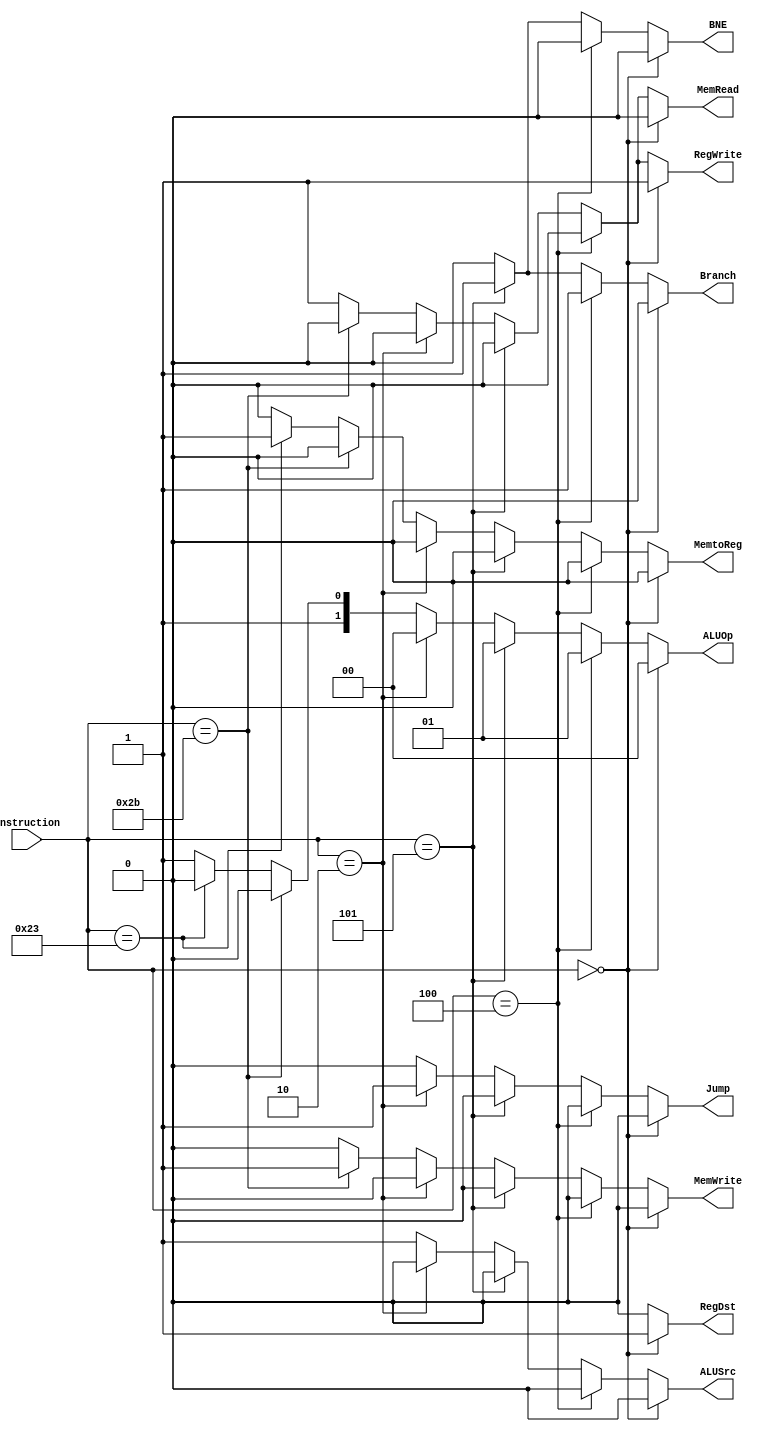
`timescale 1ns / 1ns

module control(
		input [5:0] instruction,
		output reg [1:0] ALUOp,
		output reg MemRead,
		output reg MemtoReg,
		output reg RegDst,
		output reg Branch, 
		output reg ALUSrc,
		output reg MemWrite,
		output reg RegWrite,
		
		output reg Jump,
		output reg BNE
		);


    always @(*) begin
            if (instruction == 6'b00_0000) begin				    //RType
                ALUOp = 2'b00;
                MemRead = 1'b0;
                MemtoReg = 1'b0;
                RegDst = 1'b1;
                Branch = 1'b0;		
                ALUSrc = 1'b0;
                MemWrite = 1'b0;
                RegWrite = 1'b1;
                Jump = 1'b0;
                BNE = 1'b0;     
            end else if (instruction == 6'b00_0100) begin           //branch * BEQ ONLY
                ALUOp = 2'b01;
                MemRead = 1'b0;
                MemtoReg = 1'b0;
                RegDst = 1'b0;
                Branch = 1'b1;		
                ALUSrc = 1'b0;
                MemWrite = 1'b0;
                RegWrite = 1'b0;
                Jump = 1'b0;
                BNE = 1'b0;
            end else if (instruction == 6'b00_0101) begin           //bne
                ALUOp = 2'b01;
                MemRead = 1'b0;
                MemtoReg = 1'b0;
                RegDst = 1'b0;
                Branch = 1'b1;		
                ALUSrc = 1'b0;
                MemWrite = 1'b0;
                RegWrite = 1'b0;
                Jump = 1'b0;
                BNE = 1'b1;
            end else if (instruction == 6'b00_0010) begin           // jump
                ALUOp = 2'b00;
                MemRead = 1'b0;
                MemtoReg = 1'b0;
                RegDst = 1'b0;
                Branch = 1'b0;		
                ALUSrc = 1'b0;
                MemWrite = 1'b0;
                RegWrite = 1'b0;
                Jump = 1'b1;
                BNE = 1'b0;
            end else if (instruction == 6'b10_1011) begin           // sw
                ALUOp = 2'b10;
                MemRead = 1'b0;
                MemtoReg = 1'b0;
                RegDst = 1'b0;
                Branch = 1'b0;		
                ALUSrc = 1'b1;
                MemWrite = 1'b1;
                RegWrite = 1'b0;
                Jump = 1'b0;
                BNE = 1'b0;
            end else if (instruction == 6'b10_0011) begin           // lw
                ALUOp = 2'b10;
                MemRead = 1'b1;
                MemtoReg = 1'b1;
                RegDst = 1'b0;
                Branch = 1'b0;		
                ALUSrc = 1'b1;
                MemWrite = 1'b0;
                RegWrite = 1'b1;
                Jump = 1'b0;
                BNE = 1'b0;
            end else begin                                             // I TYPE!
                ALUOp = 2'b11;
                MemRead = 1'b1;
                MemtoReg = 1'b0;
                RegDst = 1'b0;
                Branch = 1'b0;		
                ALUSrc = 1'b1;
                MemWrite = 1'b0;
                RegWrite = 1'b1;
                Jump = 1'b0;
                BNE = 1'b0;  
            end
    end // always
endmodule